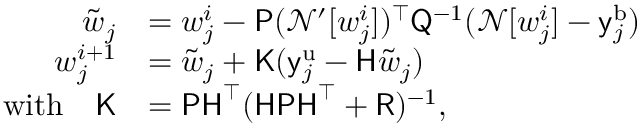
\begin{array} { r l } { \tilde { \boldsymbol { w } } _ { j } } & { = \boldsymbol { w } _ { j } ^ { i } - \mathsf { P } ( \mathcal { N } ^ { \prime } [ \boldsymbol { w } _ { j } ^ { i } ] ) ^ { \top } \mathsf { Q } ^ { - 1 } ( \mathcal { N } [ \boldsymbol { w } _ { j } ^ { i } ] - \mathsf { y } _ { j } ^ { \mathrm { b } } ) } \\ { \boldsymbol { w } _ { j } ^ { i + 1 } } & { = \tilde { \boldsymbol { w } } _ { j } + \mathsf { K } ( \mathsf { y } _ { j } ^ { \mathrm { u } } - \mathsf { H } \tilde { \boldsymbol { w } } _ { j } ) } \\ { \mathrm { w i t h } \quad \mathsf { K } } & { = \mathsf { P H } ^ { \top } ( \mathsf { H P H } ^ { \top } + \mathsf { R } ) ^ { - 1 } \mathrm { , } } \end{array}